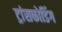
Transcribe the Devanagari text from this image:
ट्रांसकोडिंग